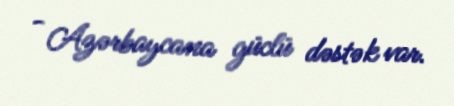
- Azərbaycana güclü dəstək var.